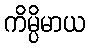
ကိမ္ပိမာယ